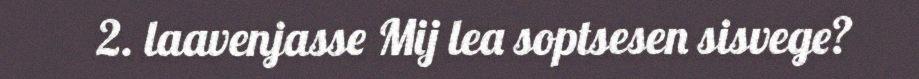
2. laavenjasse Mij lea soptsesen sisvege?